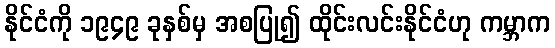
နိုင်ငံကို ၁၉၄၉ ခုနှစ်မှ အစပြု၍ ထိုင်းလင်းနိုင်ငံဟု ကမ္ဘာက